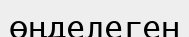
өңделеген